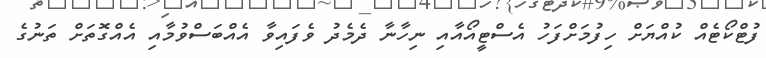
ފުޓްކޯޓެއް ކުއްޔަށް ހިފުމަށްފަހު އެސްޓީއޯއާއި ނިހާނާ ދެމެދު ވެފައިވާ އެއްބަސްވުމާއި އެއްގޮތަށް ތަނުގެ